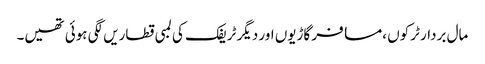
مال بردار ٹرکوں ،مسافر گاڑیوں اور دیگر ٹریفک کی لمبی قطاریں لگی ہوئی تھیں۔